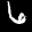
Label: 6